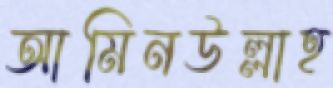
আমিনউল্লাহ